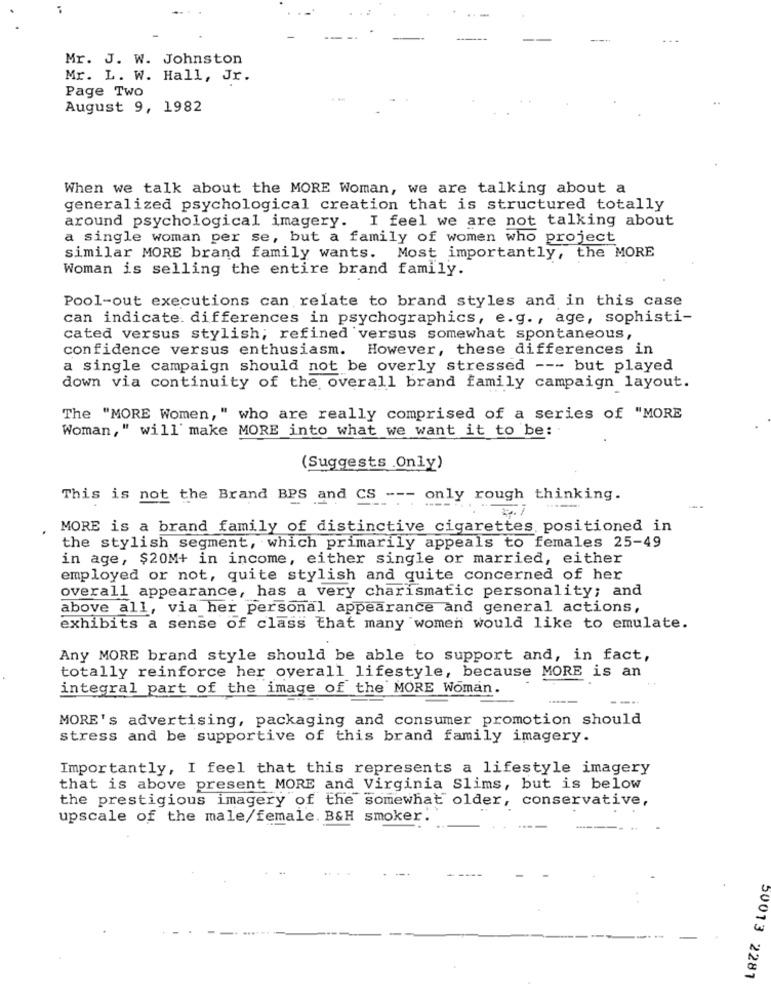
Mr. J. W. Johnston
Mr. L. W. Hall, Jr.
Page Two
August 9, 1982
When we talk about the MORE Woman, we are talking about a
generalized psychological creation that is structured totally
around psychological imagery. I feel we are not talking about
a single woman per se, but a family of women who project
similar MORE brand family wants. Most importantly, the MORE
Woman is selling the entire brand family.
Pool-out executions can relate to brand styles and in this case
can indicate. differences in psychographics, e.g ., age, sophisti-
cated versus stylish; refined versus somewhat spontaneous,
confidence versus enthusiasm. However, these differences in
a single campaign should not be overly stressed --- but played
down via continuity of the overall brand family campaign layout.
The "MORE Women," who are really comprised of a series of "MORE
Woman," will' make MORE into what we want it to be:
(Suggests .Only)
This is not the Brand BPS and CS --- only rough thinking.
MORE is a brand family of distinctive cigarettes positioned in
the stylish segment, which primarily appeals to females 25-49
in age, $20M+ in income, either single or married, either
employed or not, quite stylish and quite concerned of her
overall appearance, has a very charismatic personality; and
above all, via her personal appearance and general actions,
exhibits a sense of class that many women would like to emulate.
Any MORE brand style should be able to support and, in fact,
totally reinforce her overall lifestyle, because MORE is an
integral part of the image of the MORE Woman.
MORE's advertising, packaging and consumer promotion should
stress and be supportive of this brand family imagery.
Importantly, I feel that this represents a lifestyle imagery
that is above present MORE and Virginia Slims, but is below
the prestigious imagery of the somewhat older, conservative,
upscale of the male/female. B&H smoker.
50013 2281